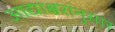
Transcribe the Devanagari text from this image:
आद्याक्षरांनुसार